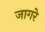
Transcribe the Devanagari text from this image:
जागरे